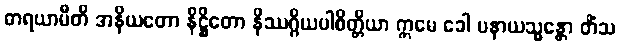
ဓာရယာမီတိ အနိယတော နိဋ္ဌိတော နိဿဂ္ဂိယပါစိတ္တိယာ ဣမေ ခေါ ပနာယသ္မန္တော တိံသ